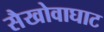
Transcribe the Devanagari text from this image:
सैखोवाघाट